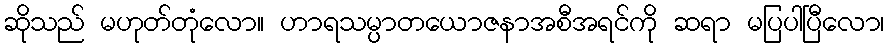
ဆိုသည် မဟုတ်တုံလော။ ဟာရသမ္ပာတယောဇနာအစီအရင်ကို ဆရာ မပြပါပြီလော၊